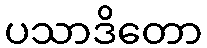
ပသာဒိတော